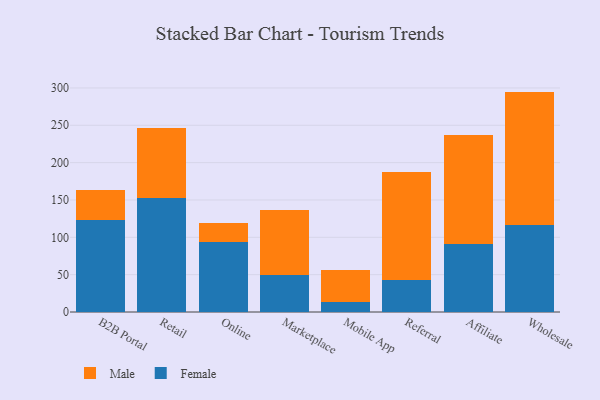
{"axis": {"x": "Channel", "y": "Churn Rate (%)"}, "legend": ["Female", "Male"], "data": [{"x": "B2B Portal", "y": 123.4, "type": "Female"}, {"x": "B2B Portal", "y": 39.7, "type": "Male"}, {"x": "Retail", "y": 152.7, "type": "Female"}, {"x": "Retail", "y": 93.7, "type": "Male"}, {"x": "Online", "y": 93.1, "type": "Female"}, {"x": "Online", "y": 25.8, "type": "Male"}, {"x": "Marketplace", "y": 49.5, "type": "Female"}, {"x": "Marketplace", "y": 87.1, "type": "Male"}, {"x": "Mobile App", "y": 12.8, "type": "Female"}, {"x": "Mobile App", "y": 43.5, "type": "Male"}, {"x": "Referral", "y": 43.2, "type": "Female"}, {"x": "Referral", "y": 144.3, "type": "Male"}, {"x": "Affiliate", "y": 91.4, "type": "Female"}, {"x": "Affiliate", "y": 145.7, "type": "Male"}, {"x": "Wholesale", "y": 116.6, "type": "Female"}, {"x": "Wholesale", "y": 178.5, "type": "Male"}]}